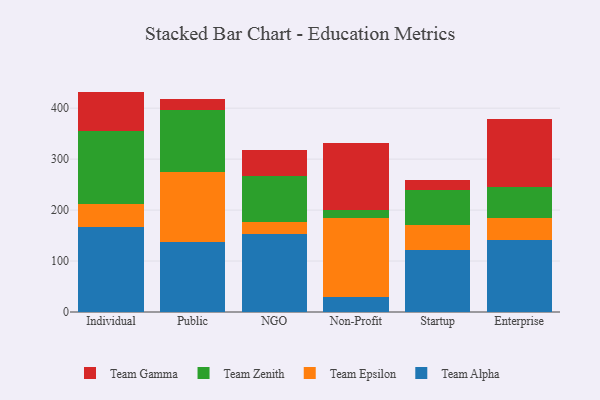
{"axis": {"x": "Segment", "y": "Population (Million)"}, "legend": ["Team Alpha", "Team Epsilon", "Team Gamma", "Team Zenith"], "data": [{"x": "Individual", "y": 166.4, "type": "Team Alpha"}, {"x": "Individual", "y": 46.4, "type": "Team Epsilon"}, {"x": "Individual", "y": 141.7, "type": "Team Zenith"}, {"x": "Individual", "y": 78.0, "type": "Team Gamma"}, {"x": "Public", "y": 137.7, "type": "Team Alpha"}, {"x": "Public", "y": 136.4, "type": "Team Epsilon"}, {"x": "Public", "y": 123.2, "type": "Team Zenith"}, {"x": "Public", "y": 21.1, "type": "Team Gamma"}, {"x": "NGO", "y": 153.7, "type": "Team Alpha"}, {"x": "NGO", "y": 22.2, "type": "Team Epsilon"}, {"x": "NGO", "y": 91.4, "type": "Team Zenith"}, {"x": "NGO", "y": 51.1, "type": "Team Gamma"}, {"x": "Non-Profit", "y": 29.7, "type": "Team Alpha"}, {"x": "Non-Profit", "y": 154.9, "type": "Team Epsilon"}, {"x": "Non-Profit", "y": 15.6, "type": "Team Zenith"}, {"x": "Non-Profit", "y": 131.5, "type": "Team Gamma"}, {"x": "Startup", "y": 120.7, "type": "Team Alpha"}, {"x": "Startup", "y": 50.5, "type": "Team Epsilon"}, {"x": "Startup", "y": 69.1, "type": "Team Zenith"}, {"x": "Startup", "y": 18.7, "type": "Team Gamma"}, {"x": "Enterprise", "y": 141.7, "type": "Team Alpha"}, {"x": "Enterprise", "y": 43.2, "type": "Team Epsilon"}, {"x": "Enterprise", "y": 60.7, "type": "Team Zenith"}, {"x": "Enterprise", "y": 132.3, "type": "Team Gamma"}]}